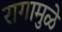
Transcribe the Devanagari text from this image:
रागामुळे